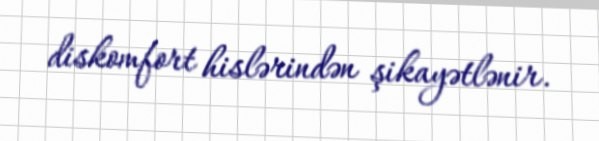
diskomfort hislərindən şikayətlənir.